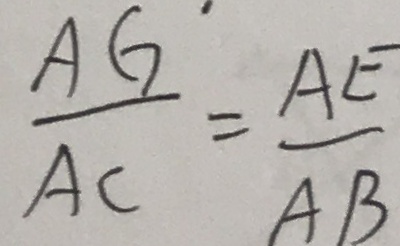
\frac { A G } { A C } = \frac { A E } { A B }